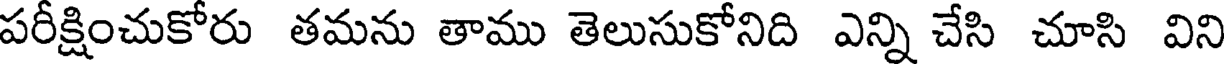
పరీక్షించుకోరు తమను తాము తెలుసుకోనిది ఎన్ని చేసి చూసి విని